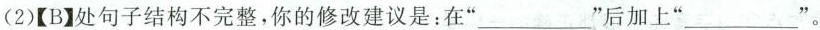
(2)【B】处句子结构不完整，你的修改建议是：在”___”后加上”___” 。